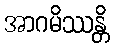
အာဂမိဿန္တိ